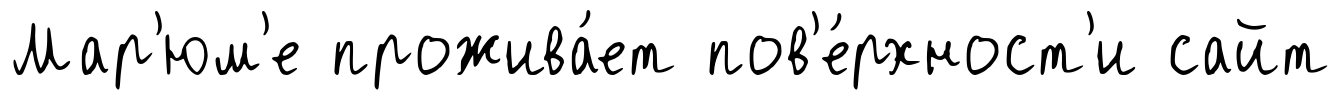
Мар'юм'е прожива́ет пов'е́рхност'и сайт